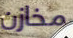
مخازن